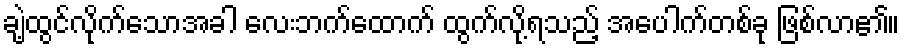
ချဲ့ထွင်လိုက်သောအခါ လေးဘက်ထောက် ထွက်လို့ရသည့် အပေါက်တစ်ခု ဖြစ်လာ၏။